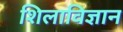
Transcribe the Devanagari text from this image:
शिलाविज्ञान